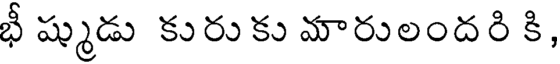
భీ ష్ముడు కురుకు మారులందరి కి,